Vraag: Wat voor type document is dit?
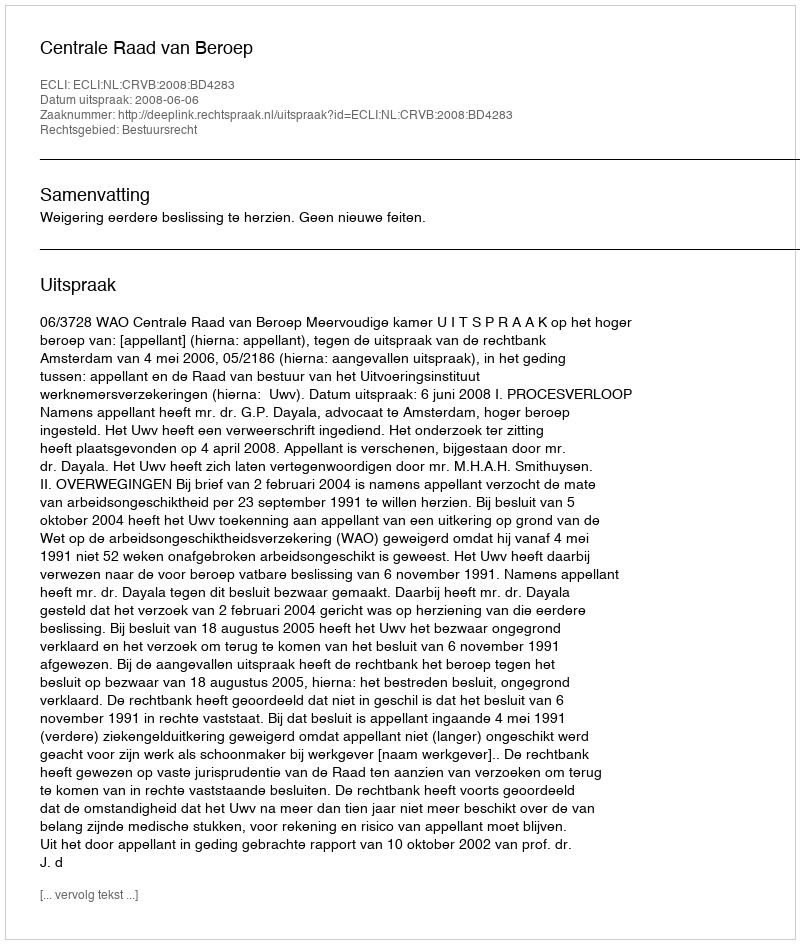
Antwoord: Uitspraak